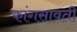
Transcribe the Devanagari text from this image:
कांगसावती